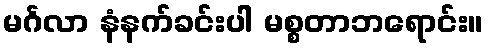
မင်္ဂလာ နံနက်ခင်းပါ မစ္စတာဘရောင်း။